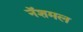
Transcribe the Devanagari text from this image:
नॅशमल